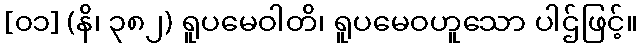
[၀၁] (နိ၊ ၃၈၂) ရူပမေဝါတိ၊ ရူပမေဝဟူသော ပါဌ်ဖြင့်။